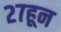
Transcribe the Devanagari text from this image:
२७हून